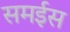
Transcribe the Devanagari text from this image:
समईस